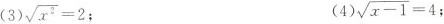
(3) $$\sqrt{x^{2}}=2$$； (4 )$$\sqrt{x-1}=4$$；